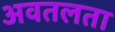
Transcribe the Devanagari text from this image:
अवतलता